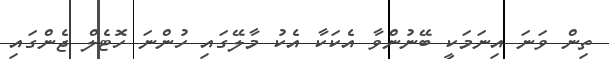
ތިން ވަނަ އިނަމަކީ ބޭނުންވާ އެކަކާ އެކު މާލޭގައި ހުންނަ ހޮޓެލް ޖެންގައި